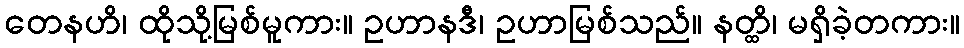
တေနဟိ၊ ထိုသို့မြစ်မူကား။ ဥဟာနဒီ၊ ဥဟာမြစ်သည်။ နတ္ထိ၊ မရှိခဲ့တကား။